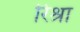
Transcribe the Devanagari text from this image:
रिश्रा